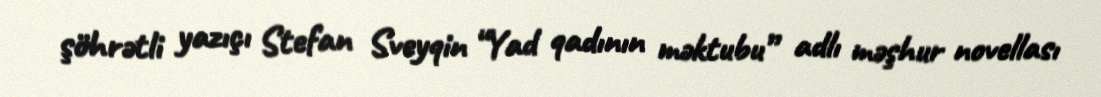
şöhrətli yazıçı Stefan Sveyqin “Yad qadının məktubu” adlı məşhur novellası